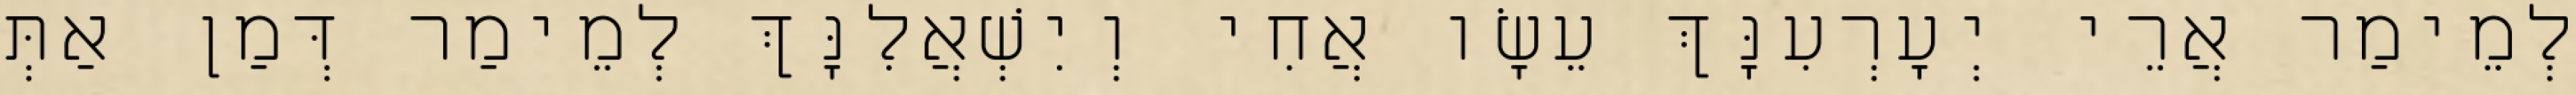
לְמֵימַר אֲרֵי יְעָרְעִנָּךְ עֵשָׂו אֲחִי וְיִשְׁאֲלִנָּךְ לְמֵימַר דְּמַן אַתְּ